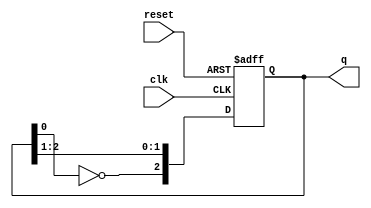
module johnson_counter (
    input wire clk,        // Clock signal
    input wire reset,      // Asynchronous reset signal
    output reg [2:0] q     // 3-bit output representing the current state
);

// State transition logic
always @(posedge clk or posedge reset) begin
    if (reset) begin
        // Asynchronous reset to state 000
        q <= 3'b000;
    end else begin
        // Johnson counter state transition
        q[2] <= ~q[0]; // Invert the last flip-flop output and feed it to the first flip-flop
        q[1] <= q[2];  // Shift the state to the right
        q[0] <= q[1];  // Shift the state to the right
    end
end

endmodule